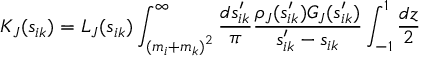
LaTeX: K _ { J } ( s _ { i k } ) = L _ { J } ( s _ { i k } ) \int _ { { ( m _ { i } + m _ { k } ) } ^ { 2 } } ^ { \infty } \frac { d s _ { i k } ^ { \prime } } { \pi } \frac { { \rho } _ { J } ( s _ { i k } ^ { \prime } ) G _ { J } ( s _ { i k } ^ { \prime } ) } { s _ { i k } ^ { \prime } - s _ { i k } } \int _ { - 1 } ^ { 1 } \frac { d z } { 2 }